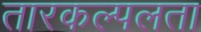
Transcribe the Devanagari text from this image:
तारकल्पलता